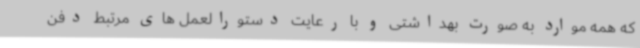
که همه موارد به صورت بهداشتی و با رعایت دستورالعمل های مرتبط دفن